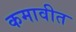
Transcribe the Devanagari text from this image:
कमावीत